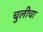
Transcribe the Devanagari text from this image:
चुलीचा